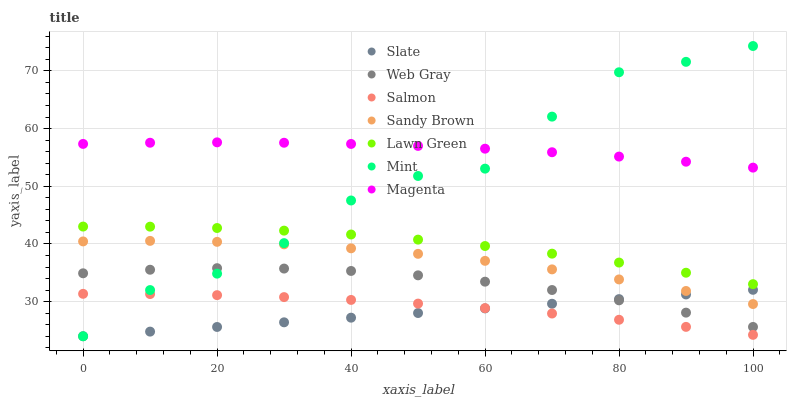
| xaxis_label | Slate | Web Gray | Salmon | Sandy Brown | Lawn Green | Mint | Magenta |
 | --- | --- | --- | --- | --- | --- | --- | --- |
 | 0 | 24 | 34.9 | 31.4 | 40.4 | 43 | 24 | 57.3 |
 | 10 | 24.8 | 35.5 | 31.3 | 40.5 | 43 | 32 | 57.5 |
 | 20 | 25.6 | 35.8 | 31.1 | 40.4 | 42.8 | 34.9 | 57.6 |
 | 30 | 26.4 | 35.7 | 30.8 | 39.9 | 42.3 | 40.1 | 57.5 |
 | 40 | 27.2 | 35.3 | 30.3 | 39.2 | 41.6 | 47.5 | 57.3 |
 | 50 | 28 | 34.6 | 29.7 | 38.3 | 40.7 | 51.8 | 57 |
 | 60 | 28.8 | 33.5 | 28.9 | 37.1 | 39.6 | 53.1 | 56.5 |
 | 70 | 29.6 | 32 | 27.9 | 35.6 | 38.3 | 62.1 | 55.9 |
 | 80 | 30.4 | 30.2 | 26.9 | 33.9 | 36.8 | 69.8 | 55.1 |
 | 90 | 31.2 | 28.1 | 25.6 | 31.8 | 35 | 71.6 | 54.3 |
 | 100 | 32 | 25.6 | 24.2 | 29.6 | 33 | 74.3 | 53.2 |